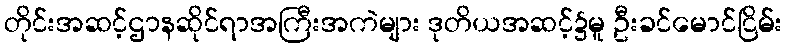
တိုင်းအဆင့်ဌာနဆိုင်ရာအကြီးအကဲများ ဒုတိယအဆင့်၌မူ ဦးခင်မောင်ငြိမ်း